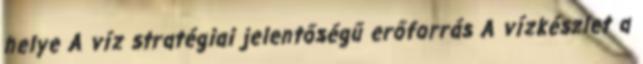
helye A víz stratégiai jelentőségű erőforrás A vízkészlet a